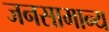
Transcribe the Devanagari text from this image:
जनसामान्‍य